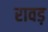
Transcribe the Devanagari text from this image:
रावड़